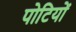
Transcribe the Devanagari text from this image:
पोटियों